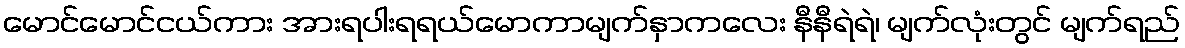
မောင်မောင်ငယ်ကား အားရပါးရရယ်မောကာမျက်နှာကလေး နီနီရဲရဲ၊ မျက်လုံးတွင် မျက်ရည်